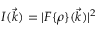
I ( \vec { k } ) = | F \{ \rho \} ( \vec { k } ) | ^ { 2 }